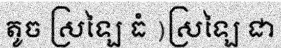
តូច ស្រឡៃ ធំ )ស្រឡៃ ជា